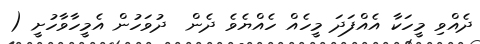
ދެއްވި މީހަކާ އެއްފަދަ މީހެއް ހެއްޔެވެ ދެން  ދުވަހުން އެމީހާވާހުށީ (